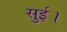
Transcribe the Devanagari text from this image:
सुई।